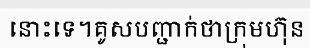
នោះទេ។គូសបញ្ជាក់ថាក្រុមហ៊ុន